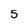
Character: 5